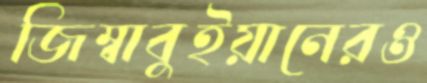
জিম্বাবুইয়ানেরও